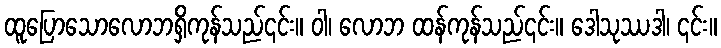
ထူပြောသောလောဘရှိကုန်သည်၎င်း။ ဝါ၊ လောဘ ထန်ကုန်သည်၎င်း။ ဒေါသုဿဒါ၊ ၎င်း။